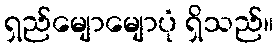
ရှည်မျောမျောပုံ ရှိသည်။